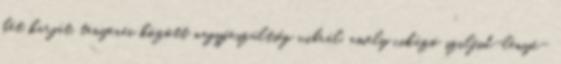
két karját, tenyerei között nagyfeszültség vibrál, amely cikázó szilfid-lényé-